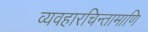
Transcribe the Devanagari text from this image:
व्यवहारचिन्तामाणि